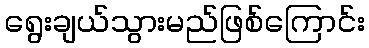
ရွေးချယ်သွားမည်ဖြစ်ကြောင်း